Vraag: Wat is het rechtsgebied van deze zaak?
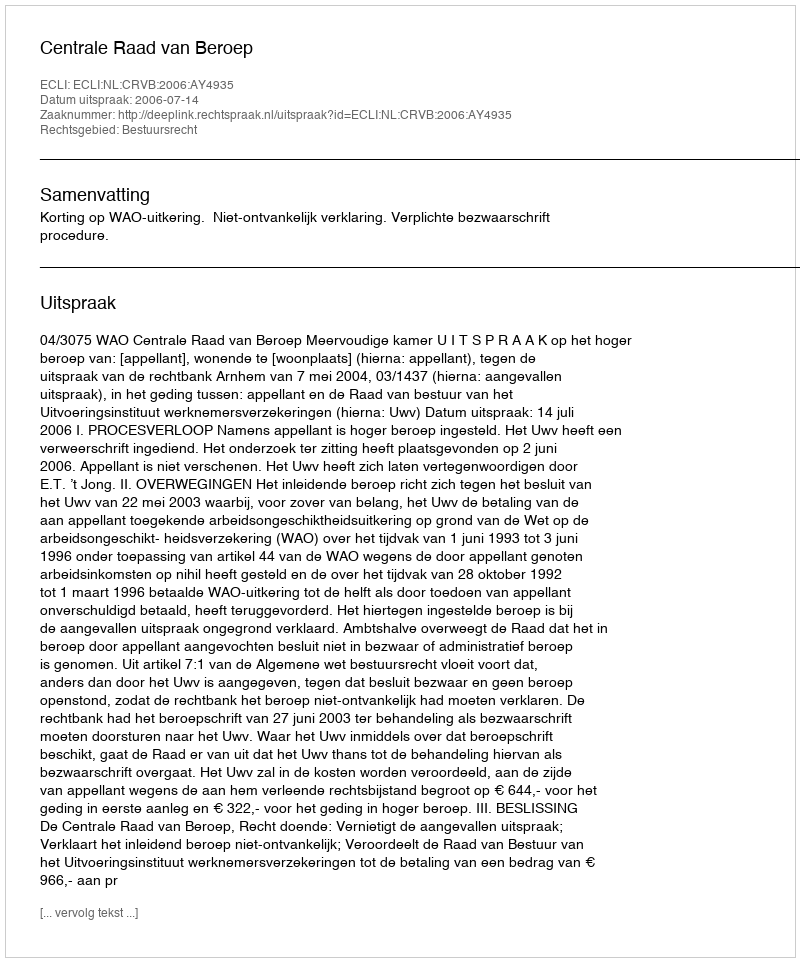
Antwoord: Bestuursrecht